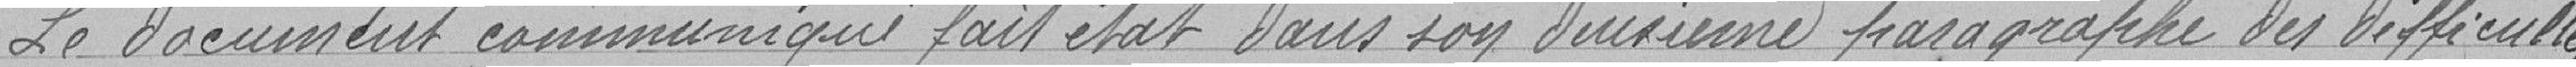
" Le document communiqué fait état dans son deuxième paragraphe des différentes